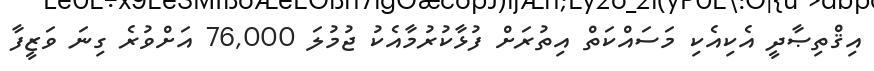
އިޤްތިޞާދީ އެކިއެކި މަސައްކަތް އިތުރަށް ފުޅާކުރުމާއެކު ޖުމުލަ 76